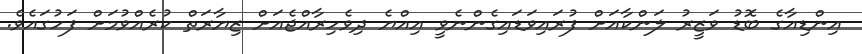
އިންޑިއާގެ ބޮޑު ވަޒީރު ލަންކާއަށް ފުރައިވަޑައިގެންނެވީ އިއްޔެ ދިވެހިރާއްޖެއަށް ޒިޔާރަތް ކުރެއްވުމަށް ފަހުގައެވެ.